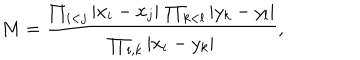
M = \frac { \prod _ { i < j } \vert x _ { i } - x _ { j } \vert \, \prod _ { k < l } \vert y _ { k } - y _ { l } \vert } { \prod _ { i , k } \vert x _ { i } - y _ { k } \vert } ,